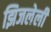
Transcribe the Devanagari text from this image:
झिजलेली